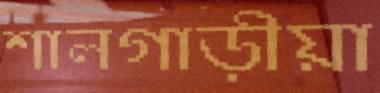
শালগাড়ীয়া